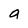
Character: a